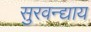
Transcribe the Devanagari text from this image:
सुरवन्द्याय